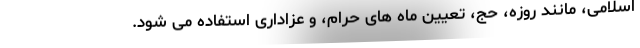
اسلامی، مانند روزه، حج، تعیین ماه های حرام، و عزاداری استفاده می شود.